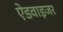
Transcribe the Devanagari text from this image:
ऐडवाइजर